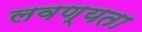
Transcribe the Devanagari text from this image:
लवण्यता